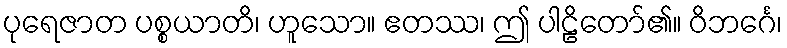
ပုရေဇာတ ပစ္စယာတိ၊ ဟူသော။ ဧတဿ၊ ဤ ပါဠိတော်၏။ ဝိဘင်္ဂေ၊